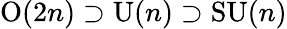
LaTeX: \mathrm{O}(2n)\supset\mathrm{U}(n)\supset\mathrm{SU}(n)